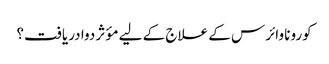
کورونا وائرس کے علاج کے لیے مؤثر دوا دریافت؟